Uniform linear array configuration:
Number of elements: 32
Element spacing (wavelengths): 0.5
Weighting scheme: cosine
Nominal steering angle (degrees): -30
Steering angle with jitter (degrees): -29.502
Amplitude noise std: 0.05
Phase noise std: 0.05

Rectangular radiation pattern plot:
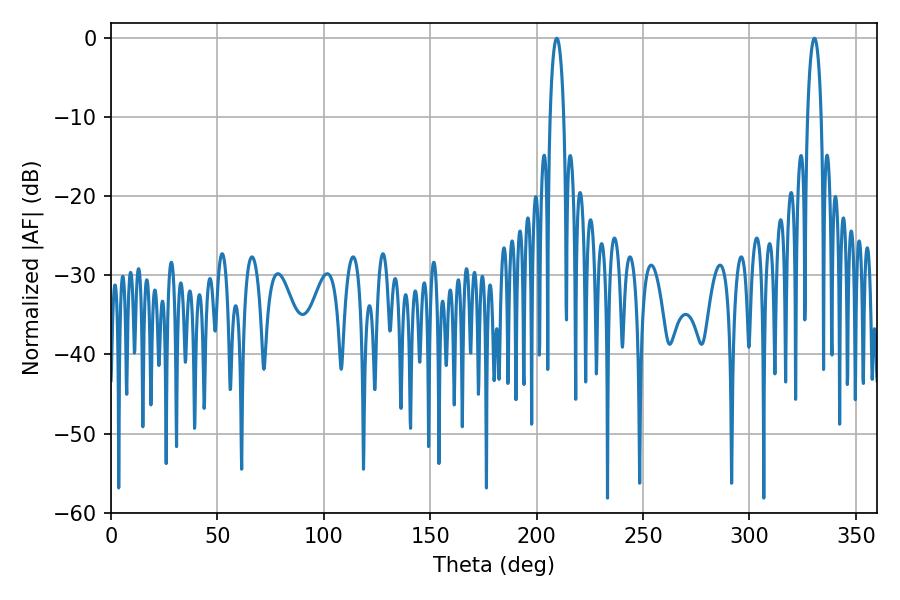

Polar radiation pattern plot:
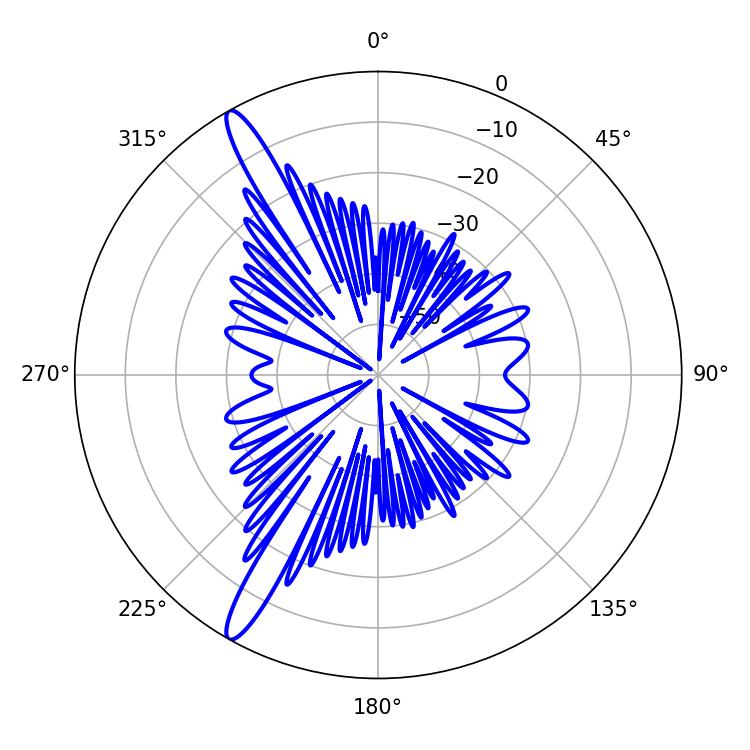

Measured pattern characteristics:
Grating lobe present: FALSE
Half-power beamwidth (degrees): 3.6
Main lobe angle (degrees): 209.52